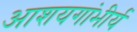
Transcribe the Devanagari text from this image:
आशयगांभीर्य